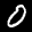
Label: 0